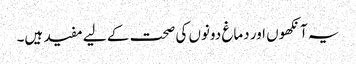
یہ آنکھوں اور دماغ دونوں کی صحت کے لیے مفید ہیں۔